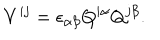
V ^ { i j } = \epsilon _ { \alpha \beta } Q ^ { i \alpha } Q ^ { j \beta } .